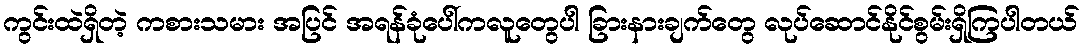
ကွင်းထဲရှိတဲ့ ကစားသမား အပြင် အရန်ခုံပေါ်ကလူတွေပါ ခြားနားချက်တွေ လုပ်ဆောင်နိုင်စွမ်းရှိကြပါတယ်